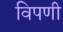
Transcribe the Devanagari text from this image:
विपणी